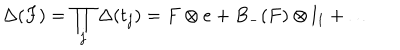
LaTeX: \Delta ( F ) = \prod _ { j } \Delta ( t _ { j } ) = F \otimes e + B _ { - } ( F ) \otimes l _ { 1 } + \ldots